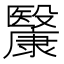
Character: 𣫥